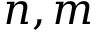
n , m